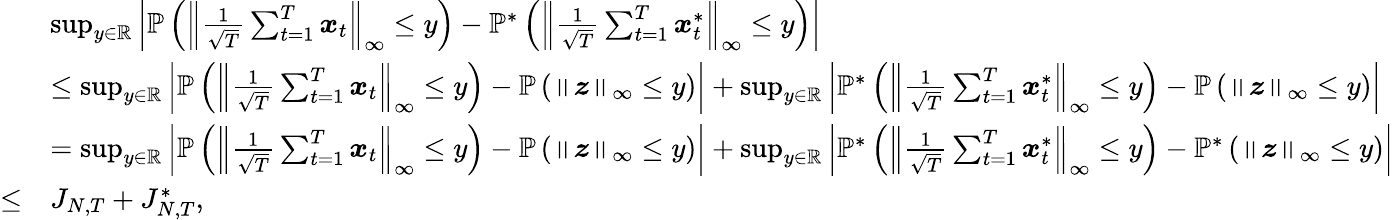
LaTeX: \begin{array}{rl}&{\operatorname*{sup}_{y\in\mathbb{R}}\left\lvert\mathbb{P}\left(\left\lVert\frac{1}{\sqrt{T}}\sum_{t=1}^{T}\boldsymbol{x}_{t}\right\rVert_{\infty}\leq y\right)-\mathbb{P}^{*}\left(\left\lVert\frac{1}{\sqrt{T}}\sum_{t=1}^{T}\boldsymbol{x}_{t}^{*}\right\rVert_{\infty}\leq y\right)\right\rvert}\\ &{\leq\operatorname*{sup}_{y\in\mathbb{R}}\left\lvert\mathbb{P}\left(\left\lVert\frac{1}{\sqrt{T}}\sum_{t=1}^{T}\boldsymbol{x}_{t}\right\rVert_{\infty}\leq y\right)-\mathbb{P}\left(\left\lVert\boldsymbol{z}\right\rVert_{\infty}\leq y\right)\right\rvert+\operatorname*{sup}_{y\in\mathbb{R}}\left\lvert\mathbb{P}^{*}\left(\left\lVert\frac{1}{\sqrt{T}}\sum_{t=1}^{T}\boldsymbol{x}_{t}^{*}\right\rVert_{\infty}\leq y\right)-\mathbb{P}\left(\left\lVert\boldsymbol{z}\right\rVert_{\infty}\leq y\right)\right\rvert}\\ &{=\operatorname*{sup}_{y\in\mathbb{R}}\left\lvert\mathbb{P}\left(\left\lVert\frac{1}{\sqrt{T}}\sum_{t=1}^{T}\boldsymbol{x}_{t}\right\rVert_{\infty}\leq y\right)-\mathbb{P}\left(\left\lVert\boldsymbol{z}\right\rVert_{\infty}\leq y\right)\right\rvert+\operatorname*{sup}_{y\in\mathbb{R}}\left\lvert\mathbb{P}^{*}\left(\left\lVert\frac{1}{\sqrt{T}}\sum_{t=1}^{T}\boldsymbol{x}_{t}^{*}\right\rVert_{\infty}\leq y\right)-\mathbb{P}^{*}\left(\left\lVert\boldsymbol{z}\right\rVert_{\infty}\leq y\right)\right\rvert}\\ {\leq}&{{J_{N,T}}+{J_{N,T}^{*}},}\end{array}